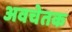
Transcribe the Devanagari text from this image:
अवचेतक